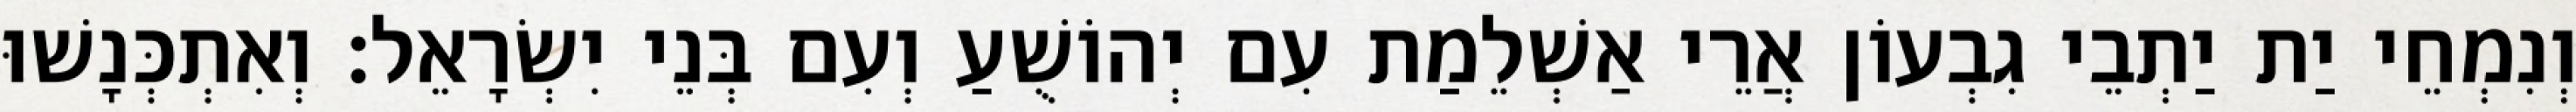
וְנִמְחֵי יַת יַתְבֵי גִבְעוֹן אֲרֵי אַשְׁלֵמַת עִם יְהוֹשֻׁעַ וְעִם בְּנֵי יִשְׂרָאֵל׃ וְאִתְכְּנָשׁוּ